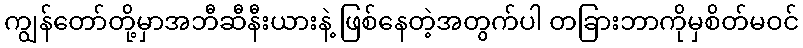
ကျွန်တော်တို့မှာအဘီဆီနီးယားနဲ့ ဖြစ်နေတဲ့အတွက်ပါ တခြားဘာကိုမှစိတ်မဝင်